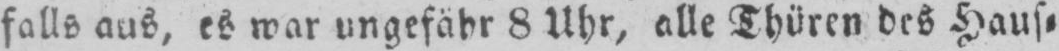
falls aus, es war ungefähr 8 Uhr, alle Thüren des Haus⸗